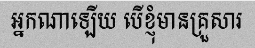
អ្នកណាឡើយ បើខ្ញុំមានគ្រួសារ